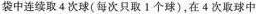
袋中连续取4次球(每次只取1个球)，在4次取球中